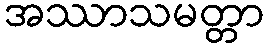
အဿာသမတ္တာ